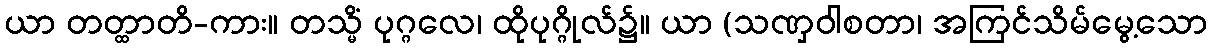
ယာ တတ္ထာတိ-ကား။ တသ္မိံ ပုဂ္ဂလေ၊ ထိုပုဂ္ဂိုလ်၌။ ယာ (သဏှဝါစတာ၊ အကြင်သိမ်မွေ့သော